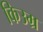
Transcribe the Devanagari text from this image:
किउम्र